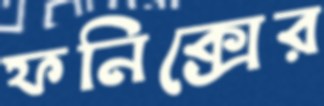
ফনিক্সের